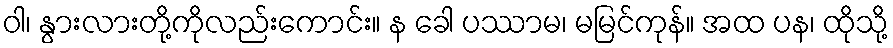
ဝါ၊ နွားလားတို့ကိုလည်းကောင်း။ န ခေါ ပဿာမ၊ မမြင်ကုန်။ အထ ပန၊ ထိုသို့